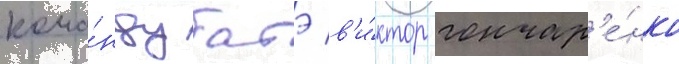
кома́нду батэ в'и́ктор гончар'е́нко